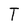
Character: T